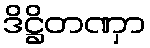
ဒိဋ္ဌိတဏှာ